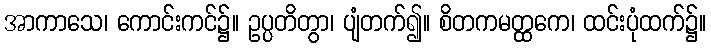
အာကာသေ၊ ကောင်းကင်၌။ ဥပ္ပတိတွာ၊ ပျံတက်၍။ စိတကမတ္ထကေ၊ ထင်းပုံထက်၌။